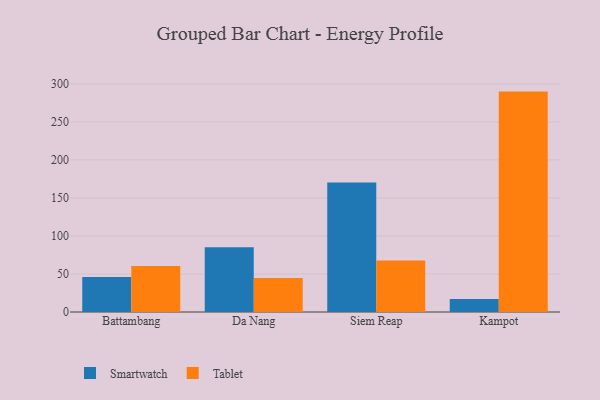
{"axis": {"x": "City", "y": "Energy Usage (MWh)"}, "legend": ["Smartwatch", "Tablet"], "data": [{"x": "Battambang", "y": 45.9, "type": "Smartwatch"}, {"x": "Battambang", "y": 60.6, "type": "Tablet"}, {"x": "Da Nang", "y": 85.2, "type": "Smartwatch"}, {"x": "Da Nang", "y": 44.6, "type": "Tablet"}, {"x": "Siem Reap", "y": 170.2, "type": "Smartwatch"}, {"x": "Siem Reap", "y": 67.6, "type": "Tablet"}, {"x": "Kampot", "y": 17.2, "type": "Smartwatch"}, {"x": "Kampot", "y": 289.9, "type": "Tablet"}]}